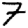
Digit: 7